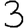
Digit: 3